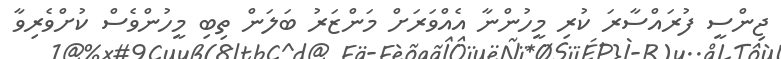
ޖިންސީ ފުރައްސާރަ ކުރި މީހުންނާ އެއްވަރަށް މަންޒަރު ބަލަން ތިބި މީހުންވެސް ކުށްވެރިވާ